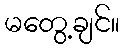
မတွေ့ချင်။